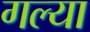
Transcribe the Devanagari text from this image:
गल्या